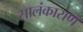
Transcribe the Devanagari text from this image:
सालंकाराणँ